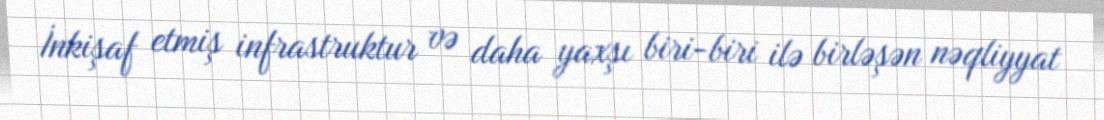
İnkişaf etmiş infrastruktur və daha yaxşı biri-biri ilə birləşən nəqliyyat